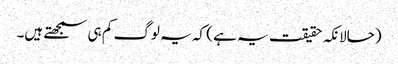
(حالانکہ حقیقت یہ ہے ) کہ یہ لوگ کم ہی سمجھتے ہیں۔